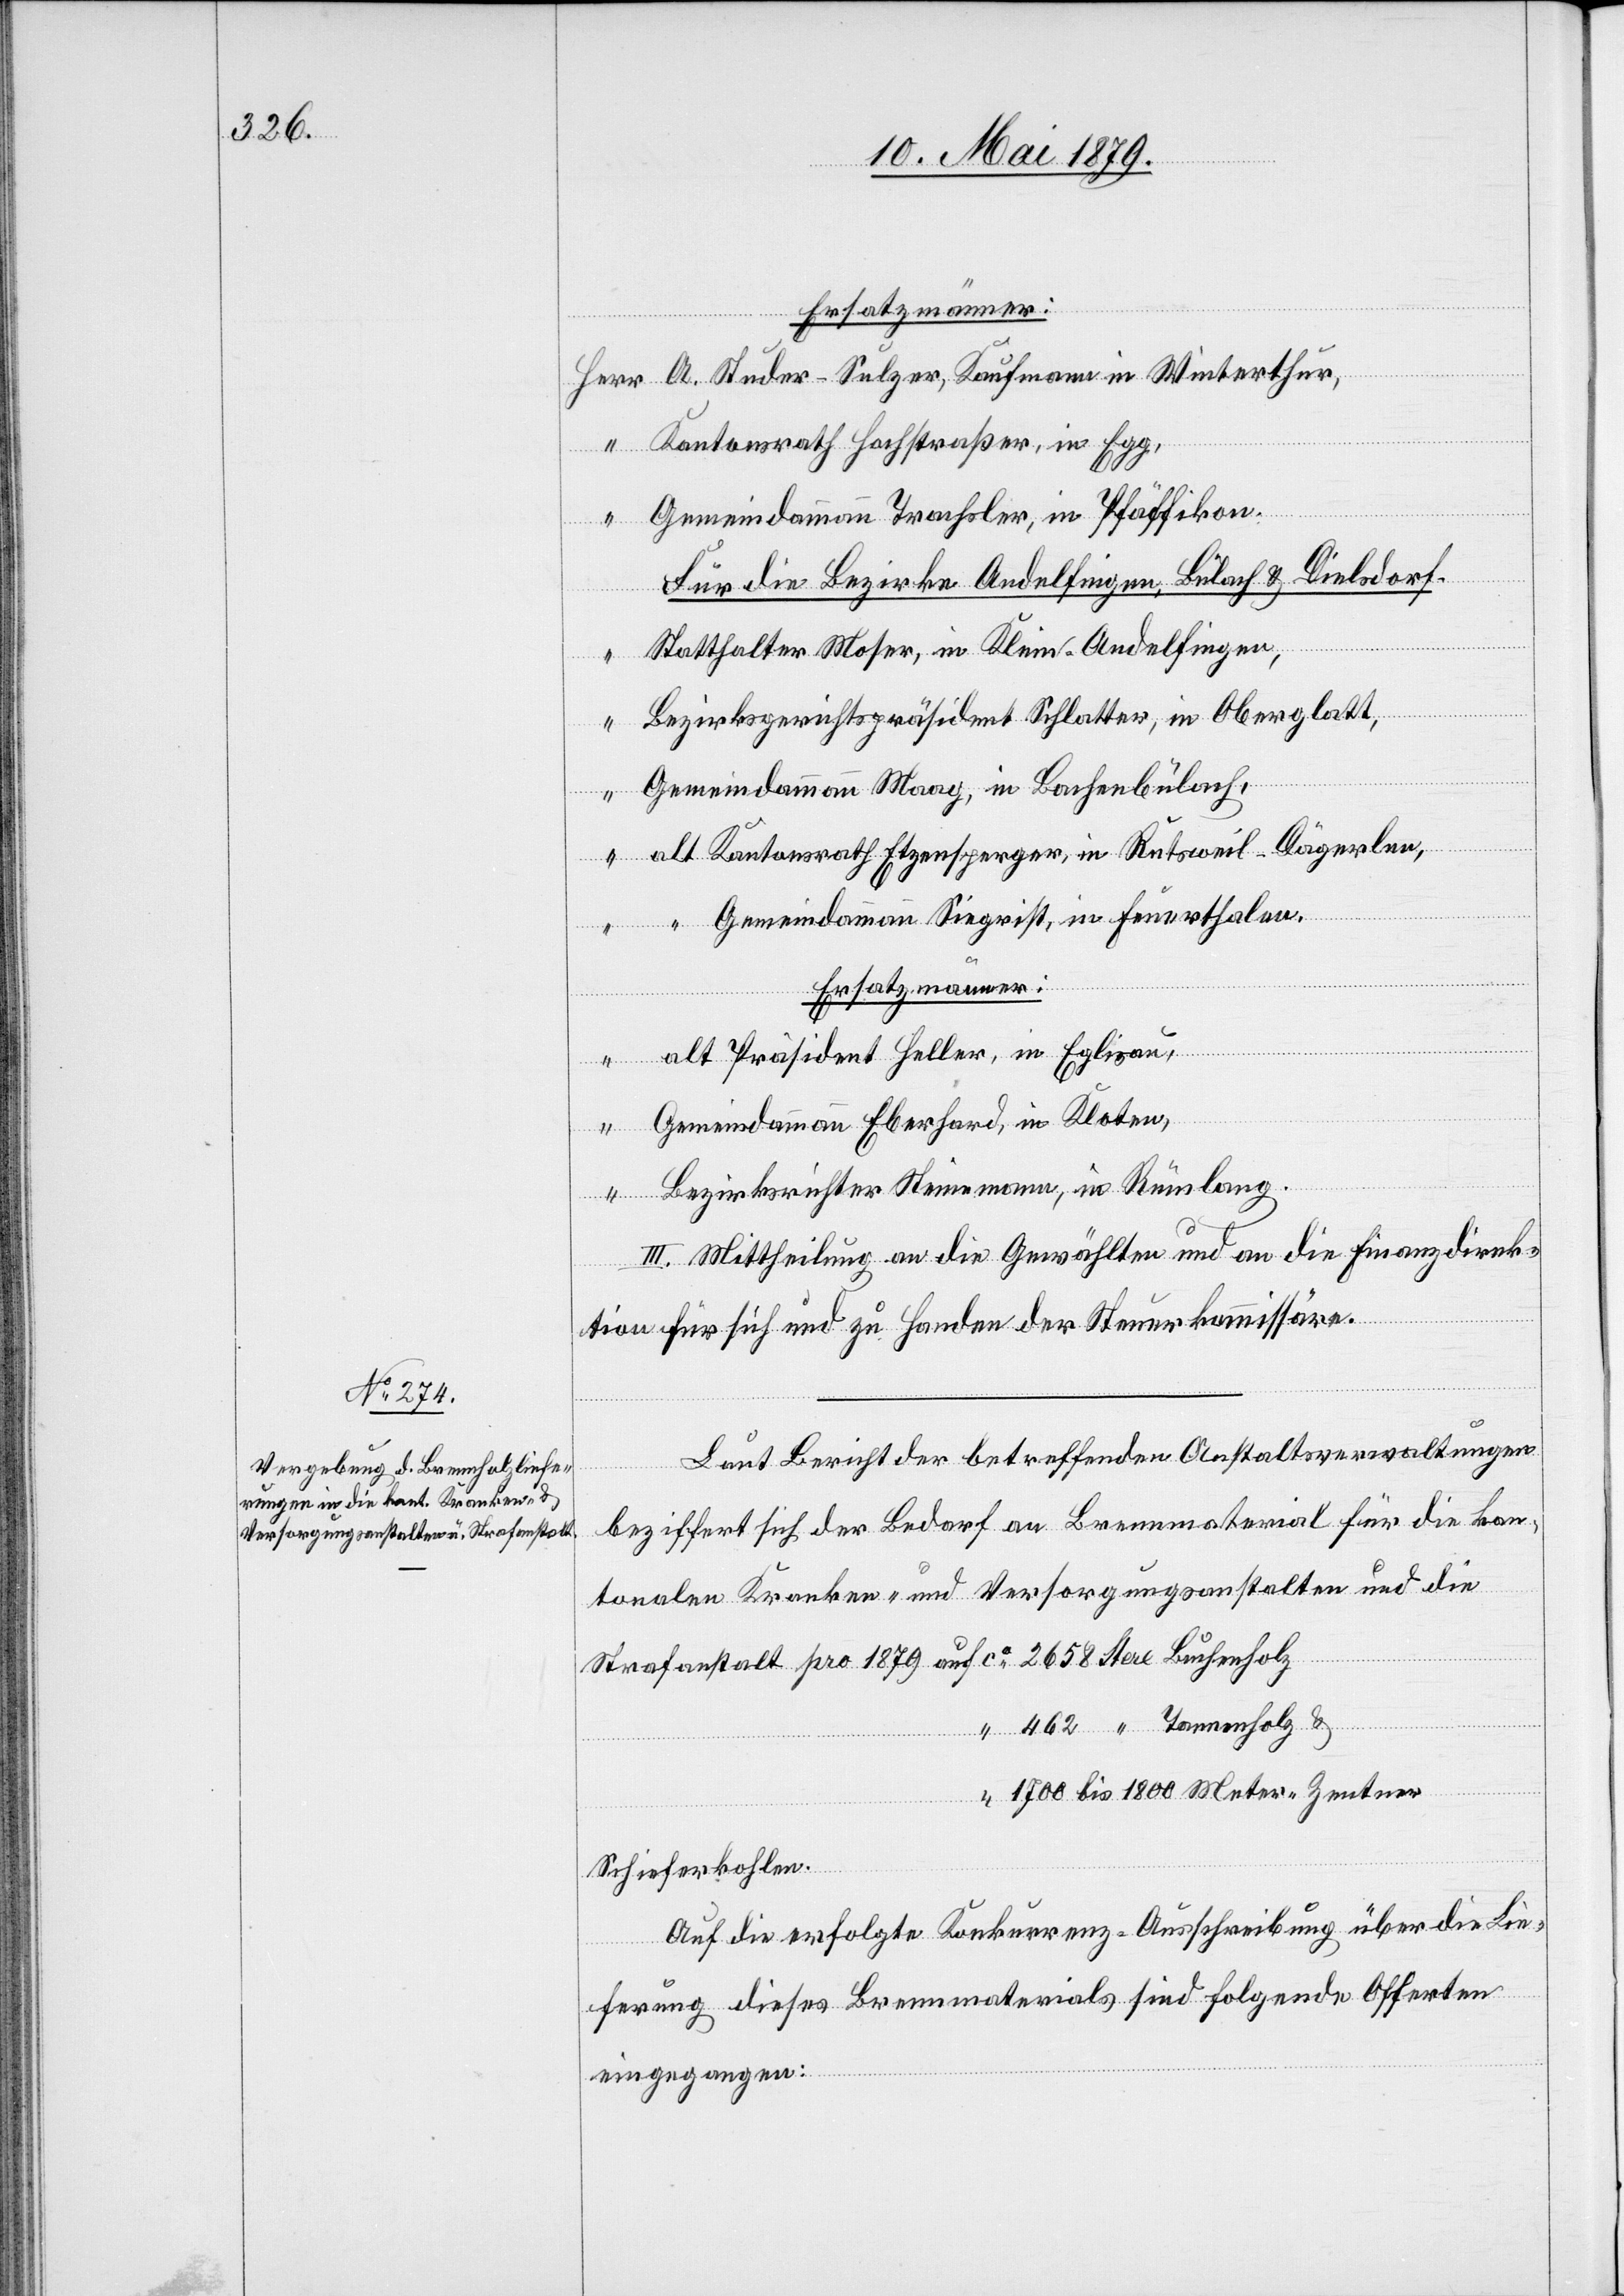
auf

Ersatzmänner:
A. Studer-Sulzer, Kaufmann in Winterthur,
Kantonsrath Hochstraßer, in Egg,
Gemeindammann Trachsler, in Pfäffikon.
Für die Bezirke Andelfingen, Bülach & Dielsdorf.
Statthalter Moser, in Klein-Andelfingen,
Bezirksgerichtspräsident Schlatter, in Oberglatt,
Gemeindammann Maag, in Bachenbülach,
alt Kantonsrath Etzensperger, in Rutsweil - Dägerlen,
“
“ Gemeindammann Siegrist, in Feuerthalen.
Ersatzmänner:
alt Präsident Heller, in Eglisau,
Gemeindammann Eberhard, in Kloten,
Bezirksrichter Steinemann, in Rümlang.
III. Mittheilung an die Gewählten und an die Finanzdirek¬
tion für sich und zu Handen der Steuerkommissäre.
Laut Bericht der betreffenden Anstaltsverwaltungen
beziffert sich der Bedarf an Brennmaterial für die kan¬
tonalen Kranken- und Versorgungsanstalten und die
1700 bis 1800 Meter-Zentner
Schieferkohlen.
Auf die erfolgte Konkurrenz-Ausschreibung über die Lie¬
ferung dieses Brennmaterials sind folgende Offerten
eingegangen: